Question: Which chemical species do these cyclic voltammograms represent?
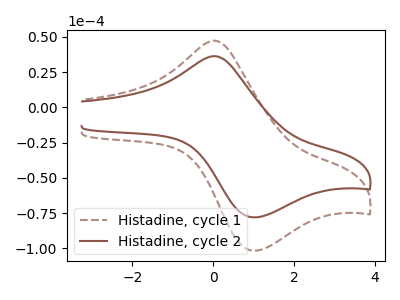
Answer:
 <answer>The brown dashed curve is labeled "Histadine, cycle 1". The brown curve is labeled "Histadine, cycle 2".</answer>
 <eval></eval>